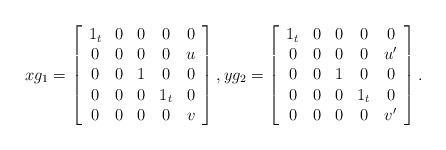
LaTeX: \begin{align*}xg_1=\left[\begin{array}{ccccc}1_t & 0 & 0 & 0 & 0\\0 & 0 & 0 & 0 & u\\0 & 0 & 1 & 0 & 0\\0 & 0 & 0 & 1_t & 0\\0 & 0 & 0 & 0 & v\end{array}\right],yg_2=\left[\begin{array}{ccccc}1_t & 0 & 0 & 0 & 0\\0 & 0 & 0 & 0 & u'\\0 & 0 & 1 & 0 & 0\\0 & 0 & 0 & 1_t & 0\\0 & 0 & 0 & 0 & v'\end{array}\right].\end{align*}